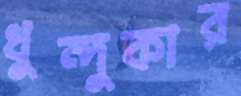
ধুন্দুকার